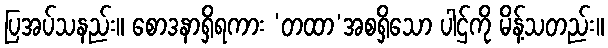
ပြအပ်သနည်း။ စောဒနာရှိရကား ‘တထာ’အစရှိသော ပါဌ်ကို မိန့်သတည်း။